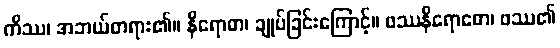
ကိဿ၊ အဘယ်တရား၏။ နိရောဓာ၊ ချုပ်ခြင်းကြောင့်။ ဖဿနိရောဓော၊ ဖဿ၏